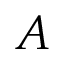
A